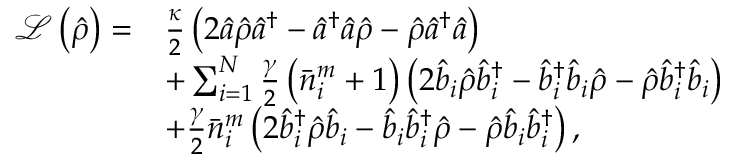
\begin{array} { r l } { \mathcal { L } \left( \hat { \rho } \right) = } & { \frac { \kappa } { 2 } \left( 2 \hat { a } \hat { \rho } \hat { a } ^ { \dagger } - \hat { a } ^ { \dagger } \hat { a } \hat { \rho } - \hat { \rho } \hat { a } ^ { \dagger } \hat { a } \right) } \\ & { + \sum _ { i = 1 } ^ { N } \frac { \gamma } { 2 } \left( \bar { n } _ { i } ^ { m } + 1 \right) \left( 2 \hat { b } _ { i } \hat { \rho } \hat { b } _ { i } ^ { \dagger } - \hat { b } _ { i } ^ { \dagger } \hat { b } _ { i } \hat { \rho } - \hat { \rho } \hat { b } _ { i } ^ { \dagger } \hat { b } _ { i } \right) } \\ & { + \frac { \gamma } { 2 } \bar { n } _ { i } ^ { m } \left( 2 \hat { b } _ { i } ^ { \dagger } \hat { \rho } \hat { b } _ { i } - \hat { b } _ { i } \hat { b } _ { i } ^ { \dagger } \hat { \rho } - \hat { \rho } \hat { b } _ { i } \hat { b } _ { i } ^ { \dagger } \right) , } \end{array}